画像に写った文字を読んでください
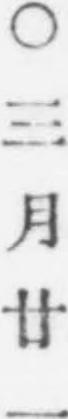
「○三月廿一」と書いてあります